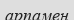
арпамен